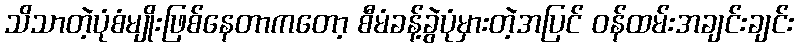
သိသာတဲ့ပုံစံမျိုးဖြစ်နေတာကတော့ စီမံခန့်ခွဲပုံမှားတဲ့အပြင် ဝန်ထမ်းအချင်းချင်း